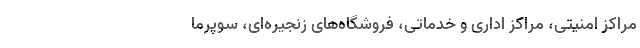
مراکز امنیتی، مراکز اداری و خدماتی، فروشگاه‌های زنجیره‌ای، سوپرما